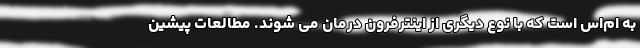
به ام‌اس است که با نوع دیگری از اینترفرون درمان می شوند. مطالعات پیشین